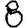
Digit: 8